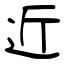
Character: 近